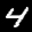
Label: 4